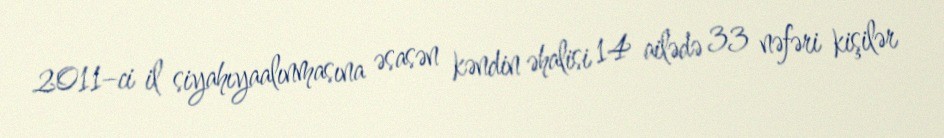
2011–ci il siyahıyaalınmasına əsasən kəndin əhalisi 14 ailədə 33 nəfəri kişilər